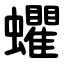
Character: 蠷